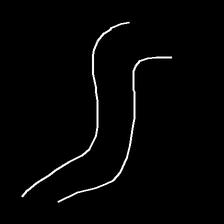
Glyph: float